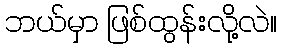
ဘယ်မှာ ဖြစ်ထွန်းလို့လဲ။